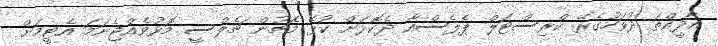
އާދީއްތަ ދުވަހުގެރޭ ކްރިސްޓަލް ޕެލެސްއާ ދެކޮޅަށް ކުޅޭ މެޗުން ޗެލްސީ މޮޅުވެއްޖެނަމަ އެޓީމަށް